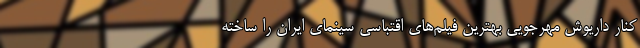
کنار داريوش مهرجويي بهترين فيلم‌هاي اقتباسي سينماي ايران را ساخته